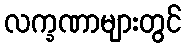
လက္ခဏာများတွင်